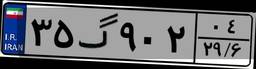
۵۹گ۹۶۶۰۳